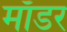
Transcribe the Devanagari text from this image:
माँडर